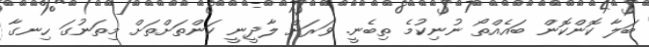
ބަލާ ކޮންކޮން ބައެއްތޯ ނުނިކުމެ ތިބެނީ. ވަރަށް ލާދީނީ ކަންތަށްތަށް މިތަނުގަ ހިނގާ